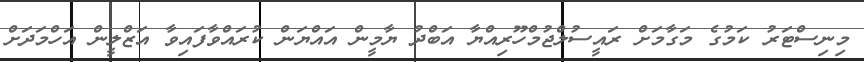
މިނިސްޓަރު ކަމުގެ މަގާމަށް ރައީސުލްޖުމްހޫރިއްޔާ އަބްދު ޔާމީން އައްޔަން ކުރައްވާފައިވާ އަޒްލީން އަހްމަދަށް